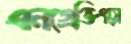
এনগ্রেভিংয়ে